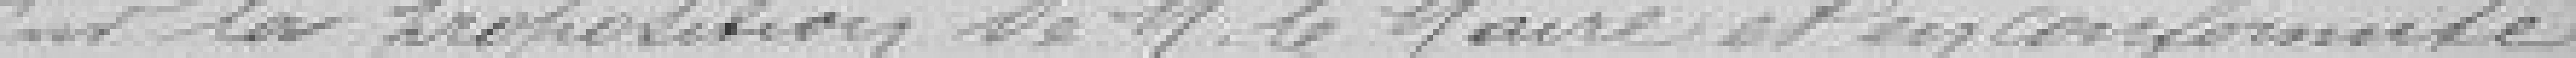
Sur la proposition de M. le Maire et en conformité